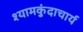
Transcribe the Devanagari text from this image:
श्यामकुंदाचार्य